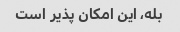
بله، این امکان پذیر است